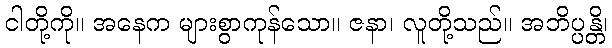
ငါတို့ကို။ အနေက များစွာကုန်သော။ ဇနာ၊ လူတို့သည်။ အဘိပ္ပန္တိ၊